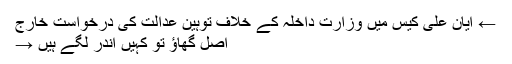
← ایان علی کیس میں وزارت داخلہ کے خلاف توہین عدالت کی درخواست خارج
اصل گھاؤ تو کہیں اندر لگے ہیں →